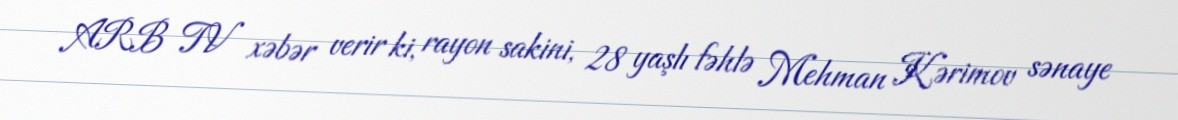
ARB TV xəbər verir ki, rayon sakini, 28 yaşlı fəhlə Mehman Kərimov sənaye